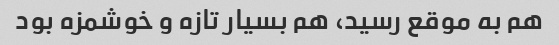
هم به موقع رسید، هم بسیار تازه و خوشمزه بود